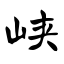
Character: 峡